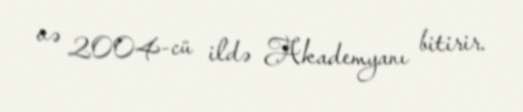
və 2004-cü ildə Akademyanı bitirir.